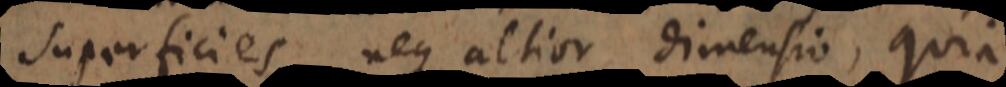
superficies, neque altior dimensio, quia